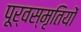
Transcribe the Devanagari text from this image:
पूर्वस्मृतियों